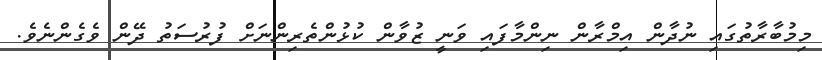
މިމުބާރާތުގައި ނުދާން އިމްރާން ނިންމާފައި ވަނީ ޒުވާން ކުޅުންތެރިންނަށް ފުރުސަތު ދޭން ވެގެންނެވެ.